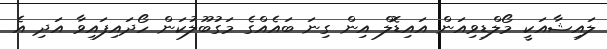
ލައިޝާއަކީ މޯލްޑިވިއަން އައިޑޮލް އިން ގިނަ ބައެއްގެ މަގުބޫލުކަން ހޯދައިފައިވާ އަދި އެ